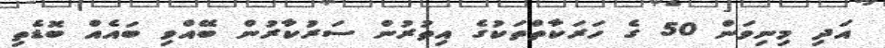
އަދި މިނިވަން 50 ގެ ހަރަކާތްތަކުގެ އިތުރުން ސަރުކާރުން ބޭއްވި ބައެއް ބޮޑެތި